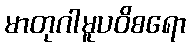
မာတုဂါမူပဝိစရော